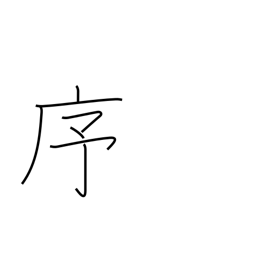
Meaning: order